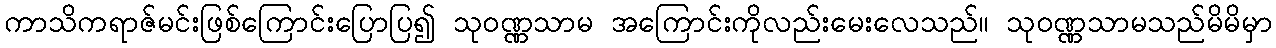
ကာသိကရာဇ်မင်းဖြစ်ကြောင်းပြောပြ၍ သုဝဏ္ဏသာမ အကြောင်းကိုလည်းမေးလေသည်။ သုဝဏ္ဏသာမသည်မိမိမှာ